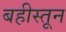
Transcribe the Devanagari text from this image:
बहीस्तून